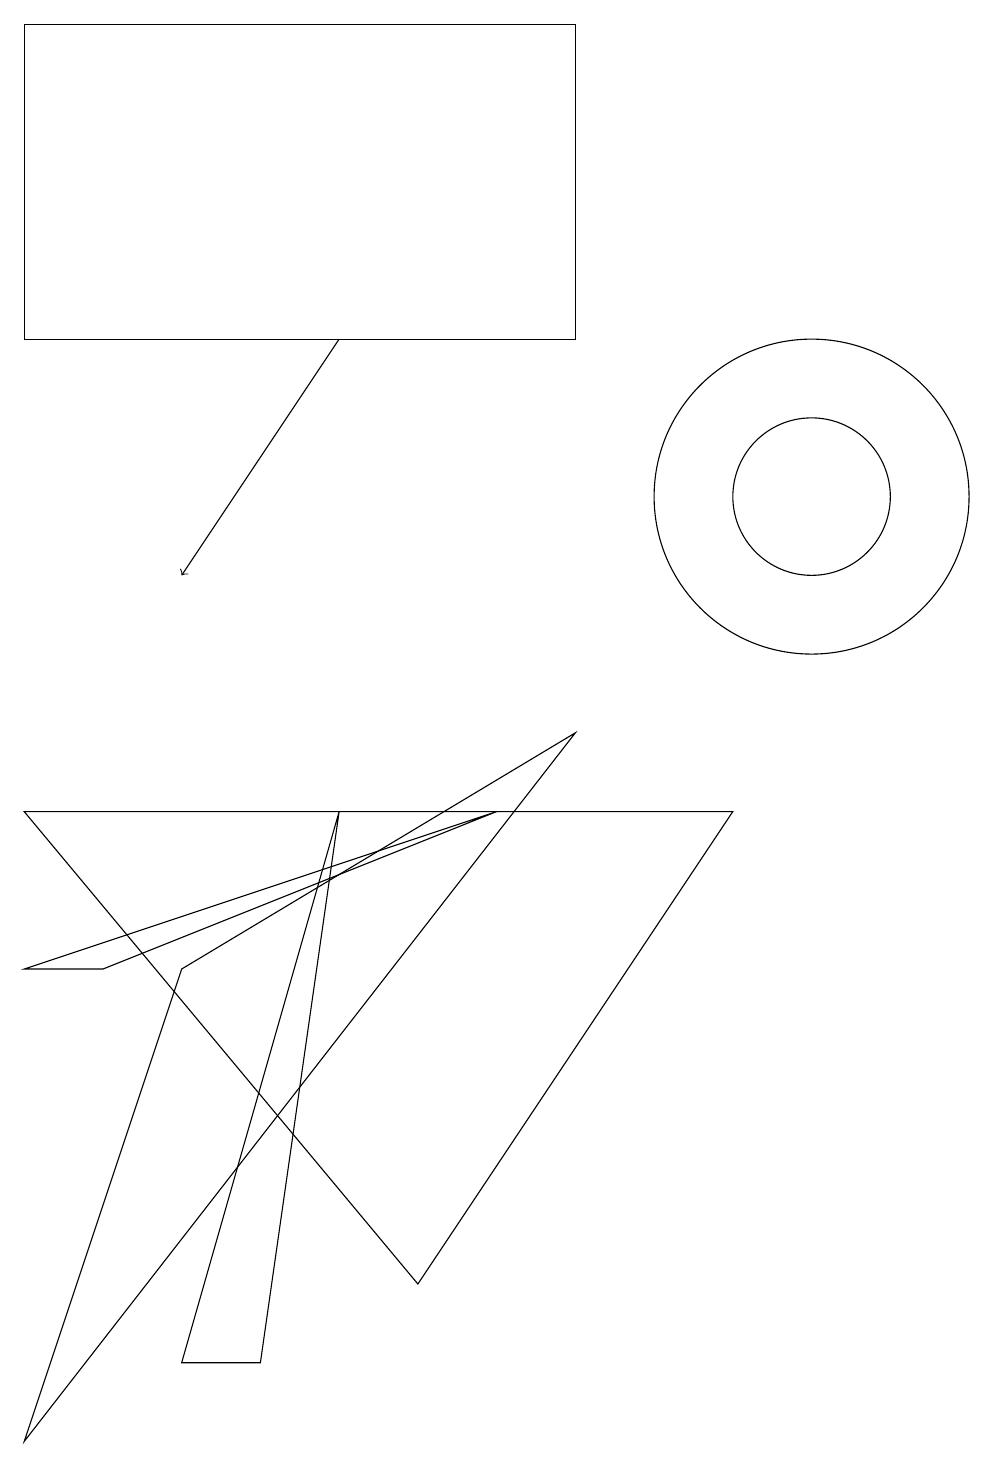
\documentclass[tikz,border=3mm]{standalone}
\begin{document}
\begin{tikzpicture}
\draw (6,8) -- (1,6) -- (0,6) -- cycle;
\draw (10,12) circle (1);
\draw[->] (4,14) -- (2,11);
\draw (7,14) rectangle (0,18);
\draw (5,2) -- (9,8) -- (0,8) -- cycle;
\draw (7,9) -- (0,0) -- (2,6) -- cycle;
\draw (10,12) circle (2);
\draw (2,1) -- (4,8) -- (3,1) -- cycle;
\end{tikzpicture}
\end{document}